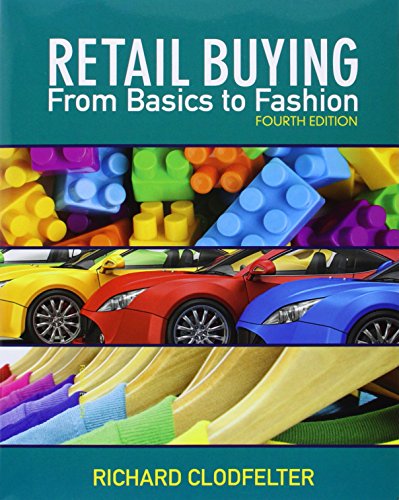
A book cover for Retail Buying: From Basics to Fashion, 4th Edition; Richard Clodfelter; Business & Money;